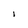
Character: I